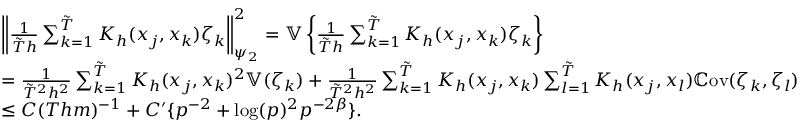
\begin{array} { r l } & { \left\| \frac { { 1 } } { \tilde { T } h } \sum _ { k = 1 } ^ { \tilde { T } } K _ { h } ( x _ { j } , x _ { k } ) \zeta _ { k } \right\| _ { \psi _ { 2 } } ^ { 2 } = \mathbb { V } \left\{ \frac { { 1 } } { \tilde { T } h } \sum _ { k = 1 } ^ { \tilde { T } } K _ { h } ( x _ { j } , x _ { k } ) \zeta _ { k } \right\} } \\ & { = \frac { { 1 } } { \tilde { T } ^ { 2 } h ^ { 2 } } \sum _ { k = 1 } ^ { \tilde { T } } K _ { h } ( x _ { j } , x _ { k } ) ^ { 2 } \mathbb { V } ( \zeta _ { k } ) + \frac { { 1 } } { \tilde { T } ^ { 2 } h ^ { 2 } } \sum _ { k = 1 } ^ { \tilde { T } } K _ { h } ( x _ { j } , x _ { k } ) \sum _ { l = 1 } ^ { \tilde { T } } K _ { h } ( x _ { j } , x _ { l } ) \mathbb { C } \mathrm { o v } ( \zeta _ { k } , \zeta _ { l } ) } \\ & { \leq C ( T h m ) ^ { - 1 } + C ^ { \prime } \{ p ^ { - 2 } + \log ( p ) ^ { 2 } p ^ { - 2 \beta } \} . } \end{array}